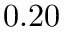
0 . 2 0